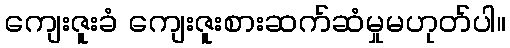
ကျေးဇူးခံ ကျေးဇူးစားဆက်ဆံမှုမဟုတ်ပါ။